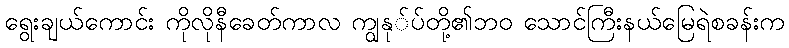
ရွေးချယ်ကောင်း ကိုလိုနီခေတ်ကာလ ကျွနု်ပ်တို့၏ဘ၀ သောင်ကြီးနယ်မြေရဲစခန်းက